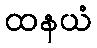
ထနယံ